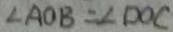
\angle A O B = \angle D O C